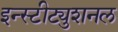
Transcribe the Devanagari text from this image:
इन्स्टीट्युशनल